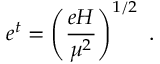
e ^ { t } = \left( \frac { e H } { \mu ^ { 2 } } \right) ^ { 1 / 2 } ~ .